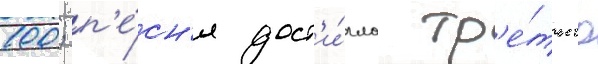
100; п'е́сн'я дост'и́гла тр'е́тьего